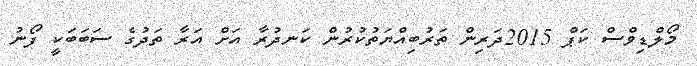
މޯލްޑިވްސް ކަޕް 2015ދަރިން ތަރުބިއްޔަތުކުރުން ކަނދުރާ އަށް އަރާ ތަދުގެ ސަބަބަކީ ފޯނު